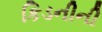
કિડનીની